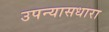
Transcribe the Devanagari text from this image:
उपन्यासधारा